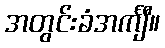
အတွင်းခံအင်္ကျီ။